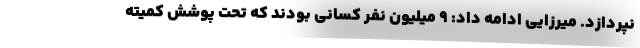
نپردازد. میرزایی ادامه داد: ۹ میلیون نفر کسانی بودند که تحت پوشش کمیته